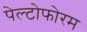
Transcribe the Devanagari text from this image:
पेल्टोफोरम